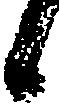
候